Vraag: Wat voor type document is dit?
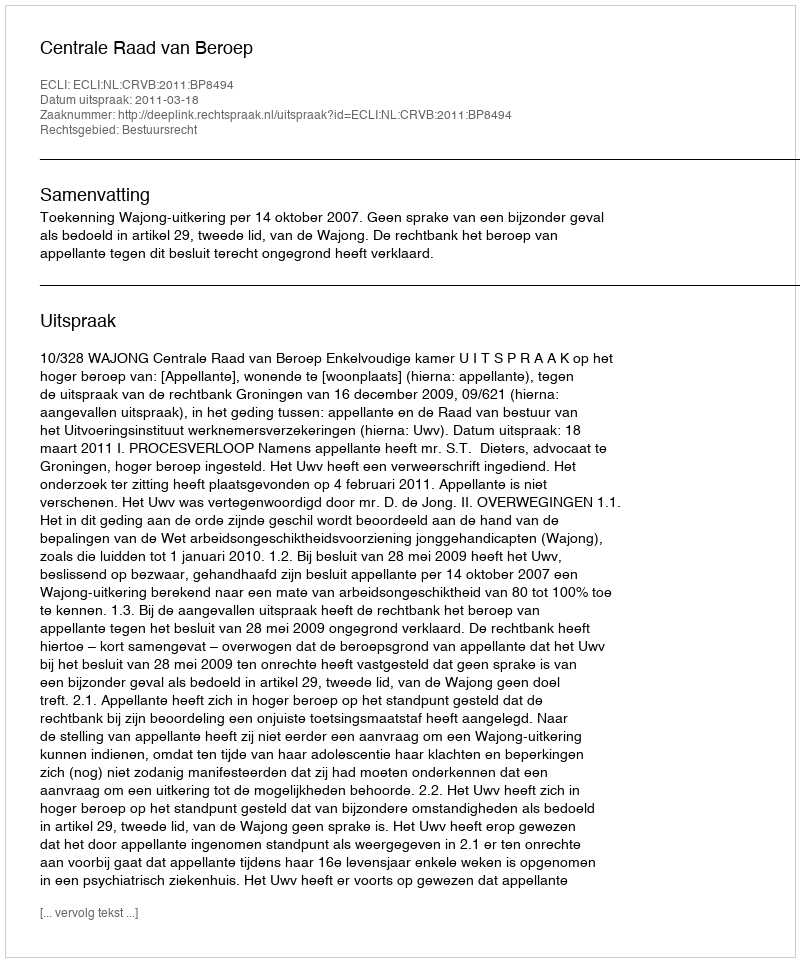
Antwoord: Uitspraak